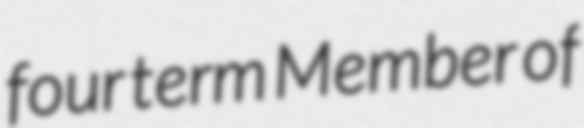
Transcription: four term Member of